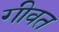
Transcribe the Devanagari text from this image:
गीवत